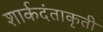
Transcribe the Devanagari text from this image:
शार्कदंताकृती